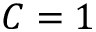
C = 1